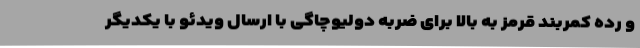
و رده کمربند قرمز به بالا برای ضربه دولیوچاگی با ارسال ویدئو با یکدیگر